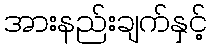
အားနည်းချက်နှင့်